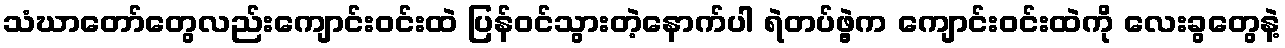
သံဃာတော်တွေလည်းကျောင်းဝင်းထဲ ပြန်ဝင်သွားတဲ့နောက်ပါ ရဲတပ်ဖွဲ့က ကျောင်းဝင်းထဲကို လေးခွတွေနဲ့